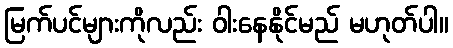
မြက်ပင်များကိုလည်း ဝါးနေနိုင်မည် မဟုတ်ပါ။